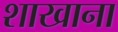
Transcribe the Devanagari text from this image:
शाखाना